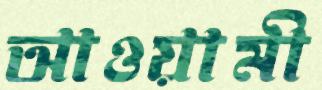
আওয়ামী